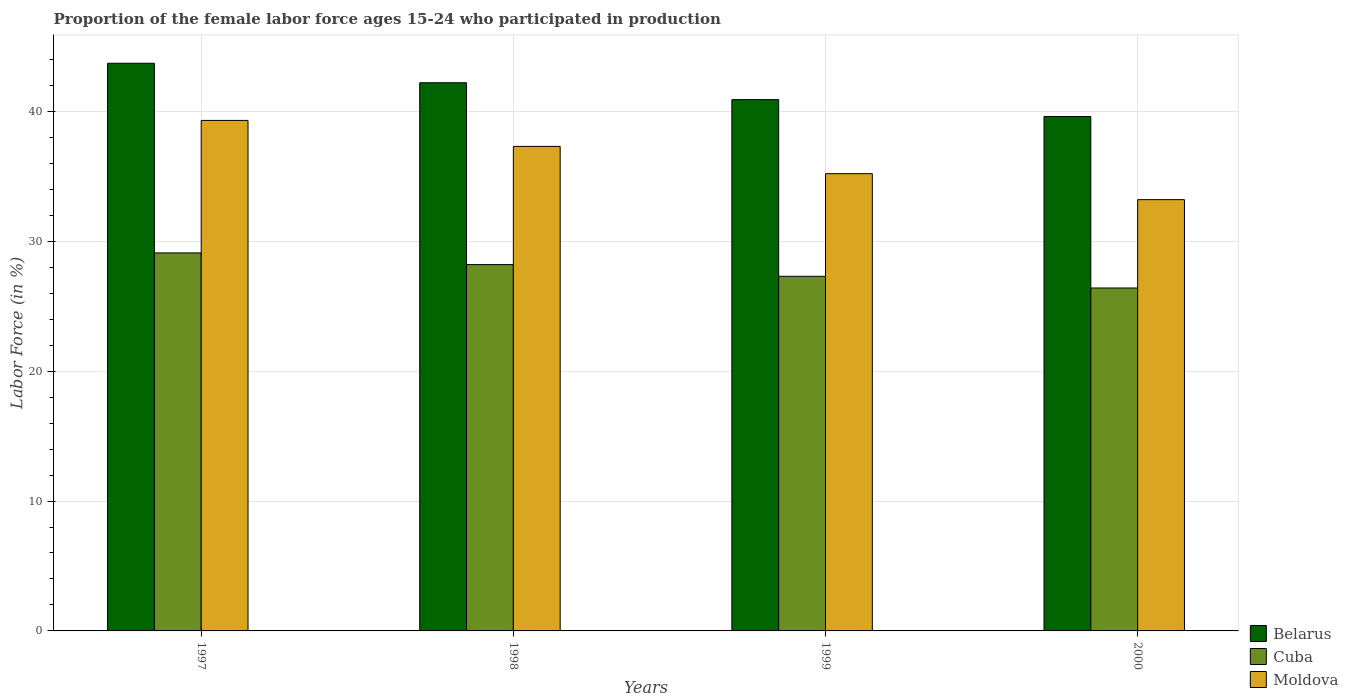
| Years | Belarus | Cuba | Moldova |
 | --- | --- | --- | --- |
 | 1997 | 43.7 | 29.1 | 39.3 |
 | 1998 | 42.2 | 28.2 | 37.3 |
 | 1999 | 40.9 | 27.3 | 35.2 |
 | 2000 | 39.6 | 26.4 | 33.2 |